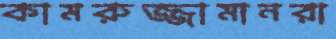
কামরুজ্জামানরা